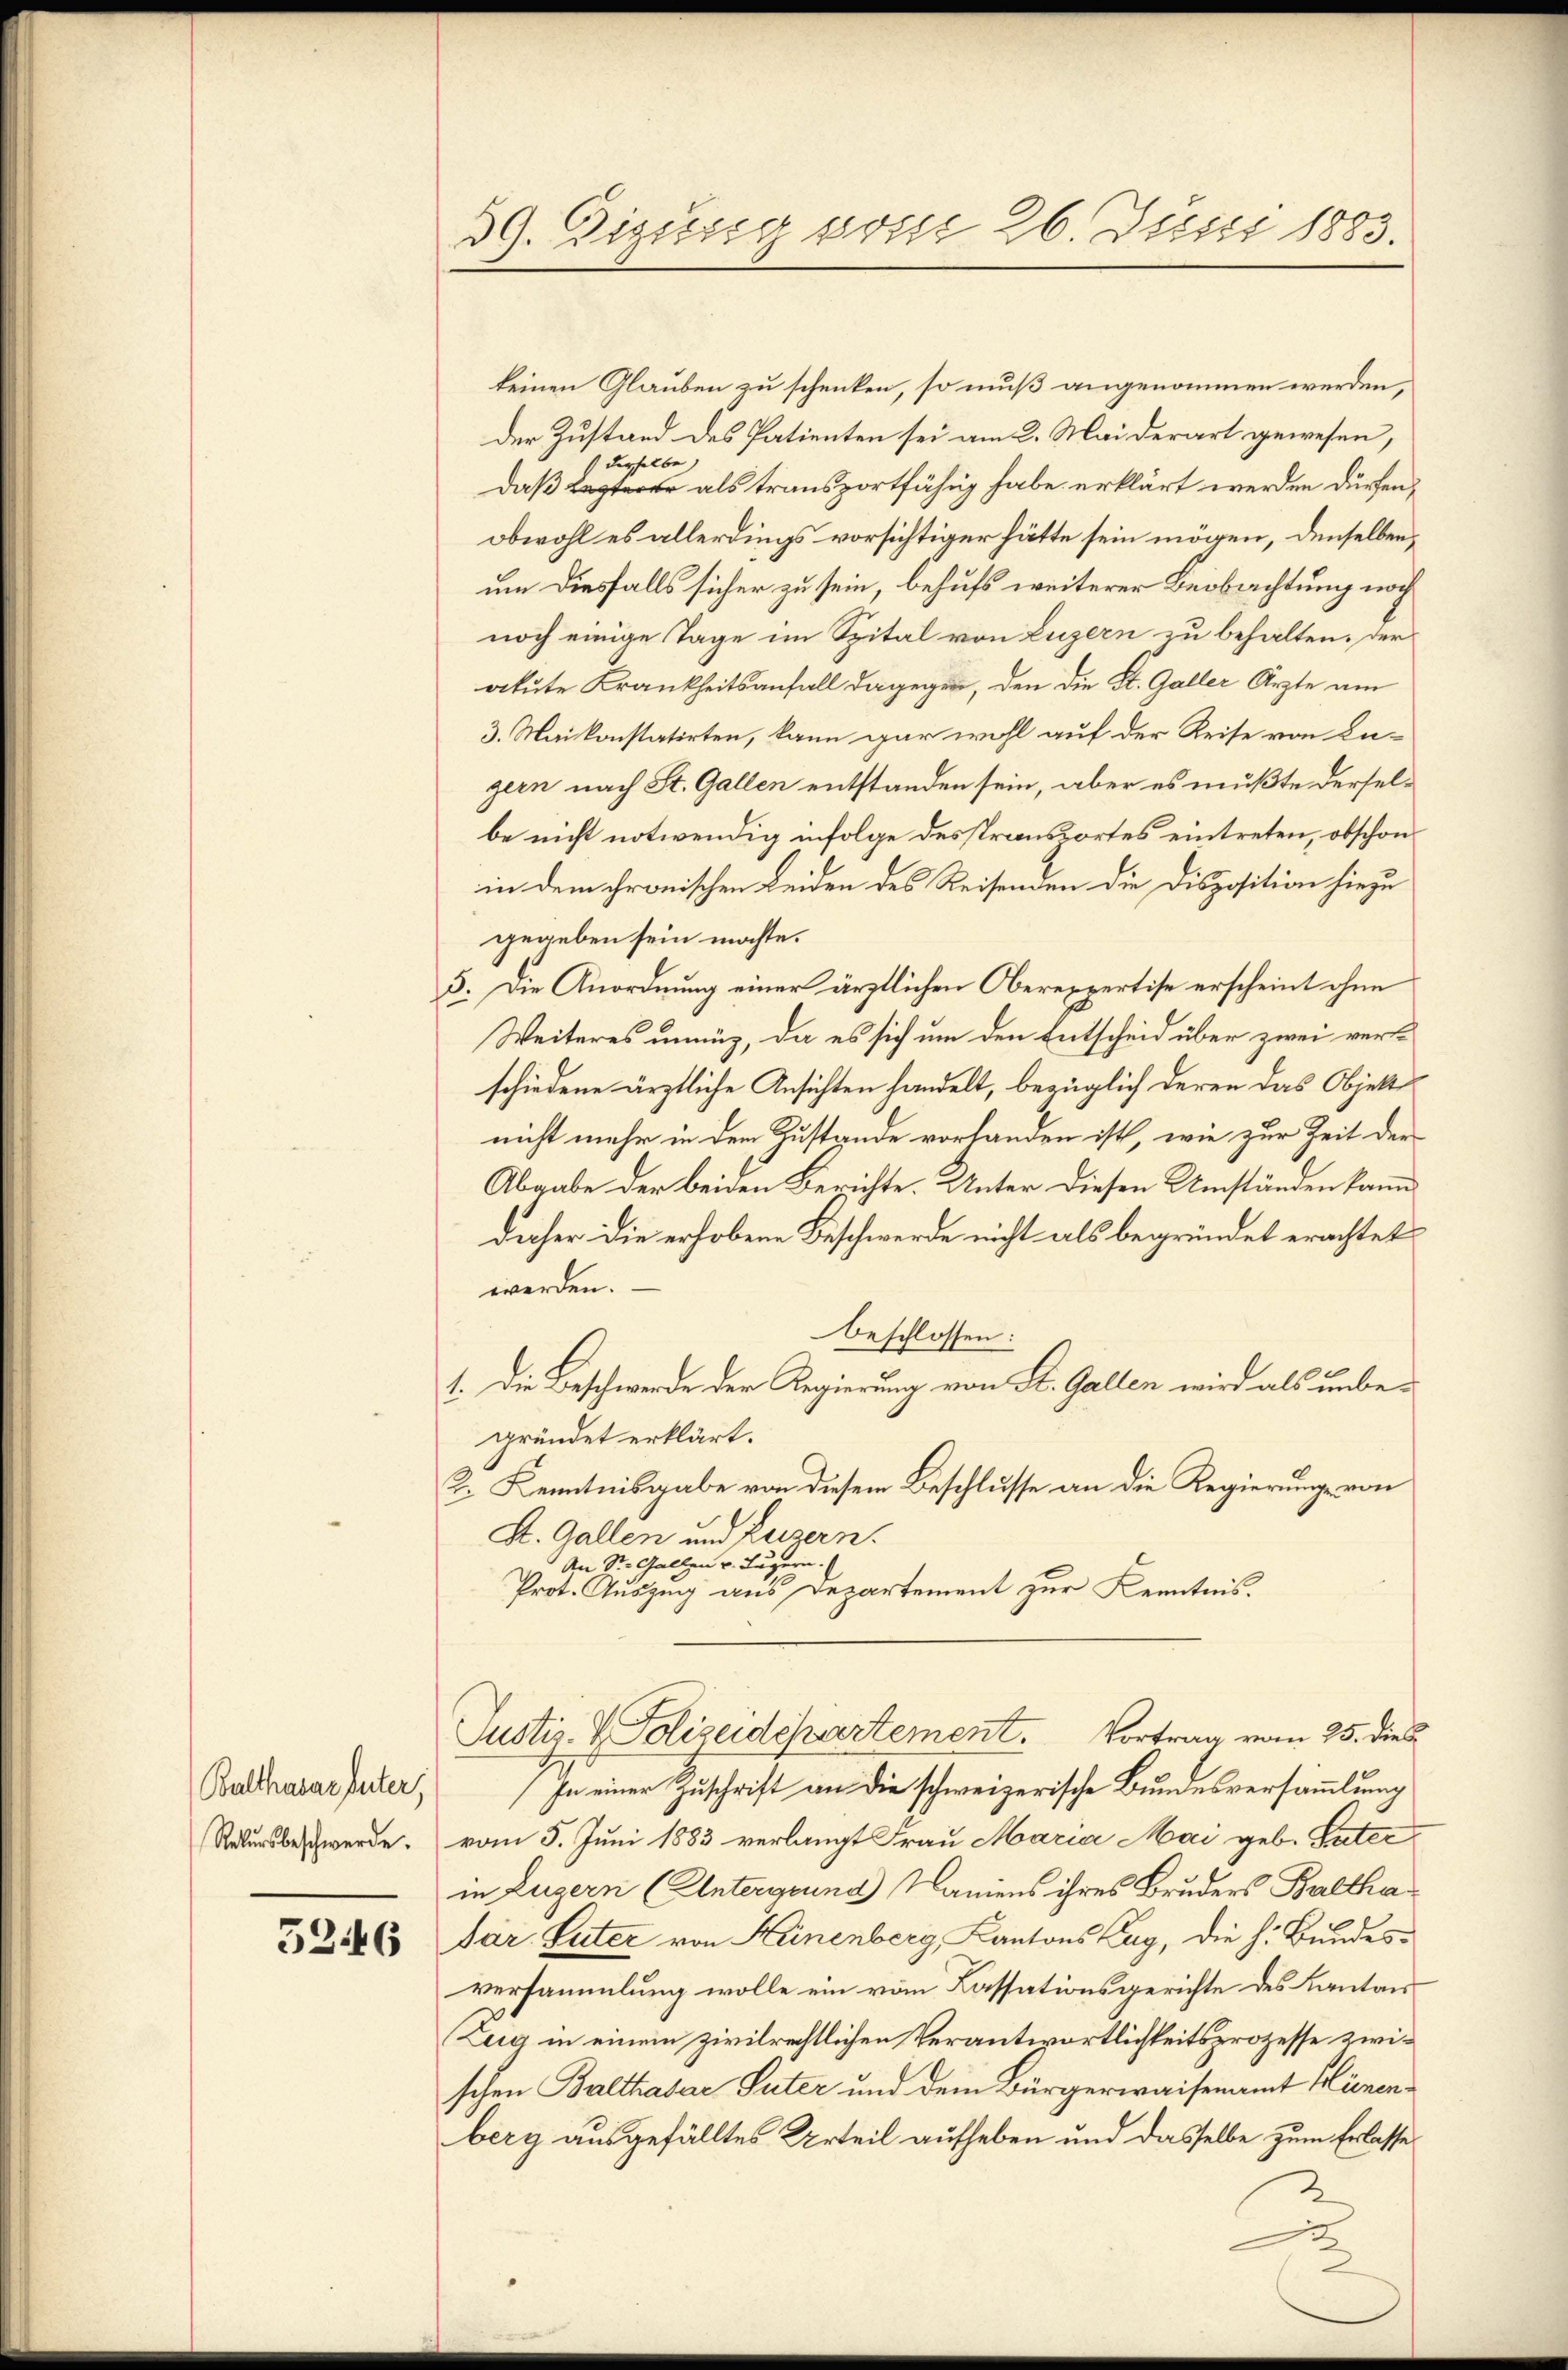
Balthasar unter,
Rekursbeschwerde.

5246

39. Digusig vom 26. Juni 1883.

keinen Glauben zu schenken, so muß angenommen werden,
der Zustand des Patienten sei am 2. Mai derart gewesen,
derselbe
daß Lezterer als transportfähig habe erklärt werden dürfen,
obwohl es allerdings vorsichtiger hätte sein mögen, denselben,
um diesfalls sicher zu sein, behufs weiterer Beobachtung noch
noch einige Tage im Spital von Luzern zu behalten, der
akute Krankheitsanfall dagegen, den die St. Galler Ärzte am
3. Maikonstatirten, kann gar wohl auf der Reise von Lugern nach St. Gallen entstanden sein, aber es müßte derselbe nicht notwendig infolge desstransportes eintreten, obschon
in dem chronischen Leiden des Reisenden die Disposition hiezu
gegeben sein möchte.
5. Die Anordnung einer ärztlichen Oberexpertise erscheint ohne
Weiteres unnüz, da es sich um den Entscheid über zwei versschiedene ärztliche Ansichten handelt, bezüglich deren das Objekt
nicht mehr in dem Zustande vorhanden ist, wie zur Zeit der
Abgabe der beiden Berichte. Unter diesen Umständen kann
daher die erhobene Beschwerde nicht als begründet erachtet
werden.
beschlossen:
1. Die Beschwerde der Regierung von St. Gallen wird als unbegründet erklärt.
Z. Kenntnisgabe von diesem Beschlusse an die Regierung von
A. Gallen und Luzern.
An St. Gallen v. Jägern.
Prot. Auszug aus Departement zur Kenntnis.

Justiz- & Polizeidchartement. Vortrag vom 25. dies
In einer Zuschrift an die schweizerische Bundesversammlung

vom 5. Juni 1883 verlangt Frau Maria Mai geb. Vaterin Zugern (Untergrund) Namens ihres Bruders Balthadár. Luter von Heinenberg, Kantons Zug, die h. Bundes-
versammlung wolle ein vom Cassationsgerichte des Kantons
Zug in einem zivilrechtlichen Verantwortlichkeitsprozesse zwischen Balthasar Suter und dem Bürgerwaisenamt Hienenberg ausgefälltes Urteil aufheben und dasselbe zum Erlasse
2
.